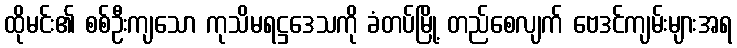
ထိုမင်း၏ စစ်ဦးကျသော ကုသိမရဋ္ဌဒေသကို ခံတပ်မြို့ တည်စေလျက် ဗေဒင်ကျမ်းများအရ